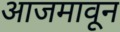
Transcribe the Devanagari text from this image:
आजमावून